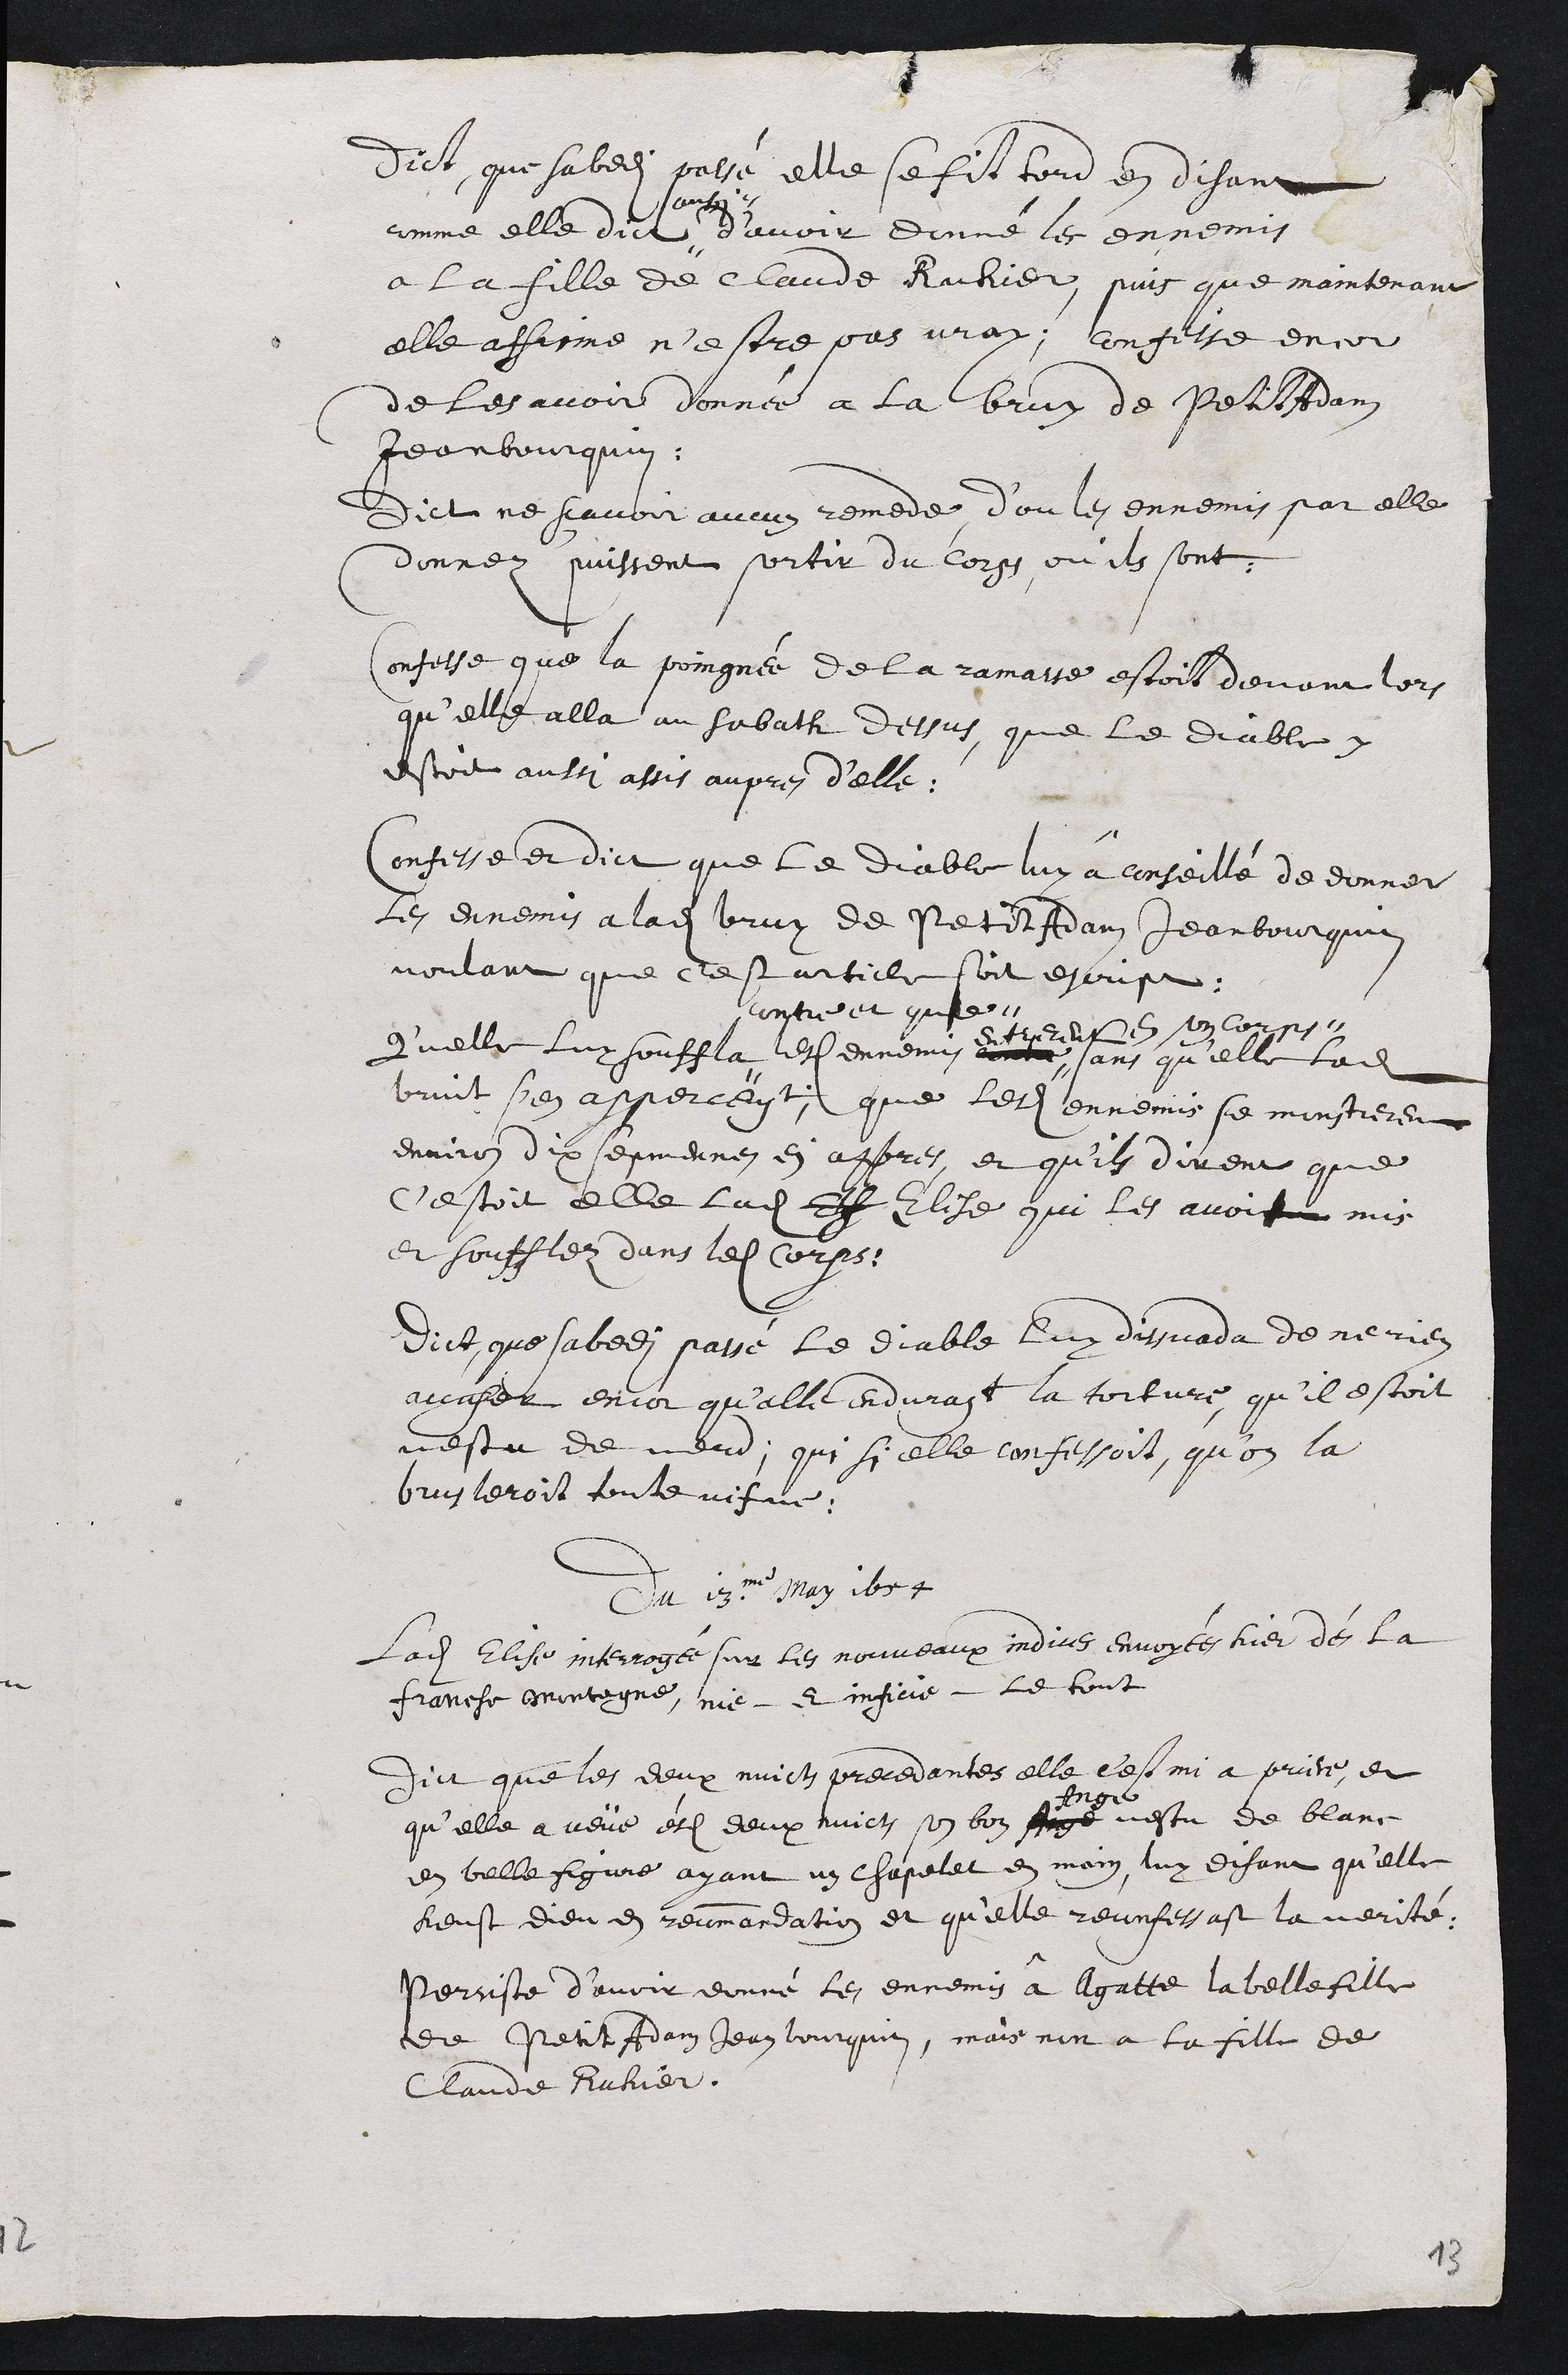
Dict que sabedi passé elle se fit tord en disant
comme elle dict #
aussi #
d’avoir donné les ennemis
a la fille de Claude Ruhier, puis que maintenant
elle affirme n'estre pas vray; confesse encor
de les avoir donnée à la bruy de Petit Adam
Jeanbourquin.
Dict ne sçavoir aucun remede d’on les ennemis par elle
donnez puissent sortir du corps, ou ils sont.
Confesse que la poingnée de la ramasse estoit devant lors
qu'elle alla au Sabath dessus, que le diable y
estoit aussi assis aupres d’elle
Confesse et dict que le diable luy â conseillé de donner
les ennemis a ladite bruy de Petit Adam Jeanbourquin
voulant que cest article soit escript
Quelle luy souffla #
contre et que #
lesdits ennemis contre #
entrerent en son corps #.
sans qu'elle ladite
bruit s'en apperceust, que ledits ennemis se monstrerent
environ dix sepmennes en appres, et qu'ils dirent que
c'estoit elle ladite Els Elise qui les avoit mis
et soufflez dans ledit Corps.
Dict que sabedi passé le diable luy dissuada de ne rien
accuser encor qu’elle endurast la torture, qu’il estoit
vestu de verd, qui si elle confessoit, qu’on la
brusleroit toute vifve.
Du 13me May 1654
Ladite Elisse interrogée sur les nouveaux indices envoyées hier dès la
franche Montagne, nie et inficie le tout
Dict que les deux nuict precedantes elle c'est mi a priere, et
quelle a veüe èsdites deux nuicts son bon Ange
Ange
vestu de blanc
en belle figure ayant un chapelet en main, luy disant qu'elle
heust dieu en recommandation et qu'elle reconfessast la verité,
Persiste d’avoir donné les ennemis â Agatte la belle fille
de Petit Adam Jeanbourquin, mais non a la fille de
Claude Ruhier
13